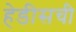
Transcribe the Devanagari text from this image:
हेडीसची